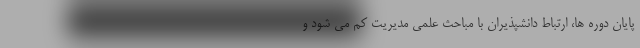
پایان دوره ها، ارتباط دانشپذیران با مباحث علمی مدیریت کم می شود و